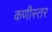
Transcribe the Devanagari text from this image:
कणीस्तर